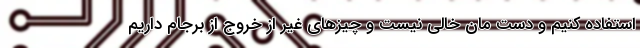
استفاده کنیم و ‌دست مان خالی نیست و چیزهای غیر از خروج از برجام داریم